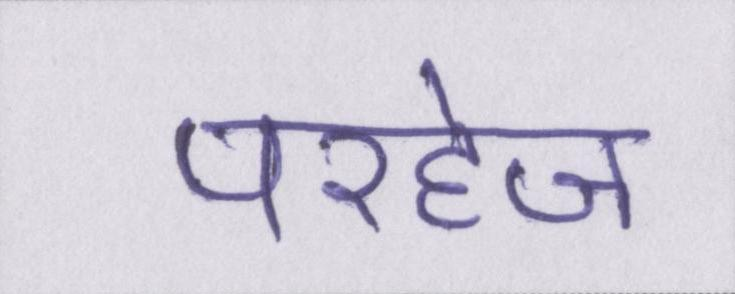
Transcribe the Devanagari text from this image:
परहेज